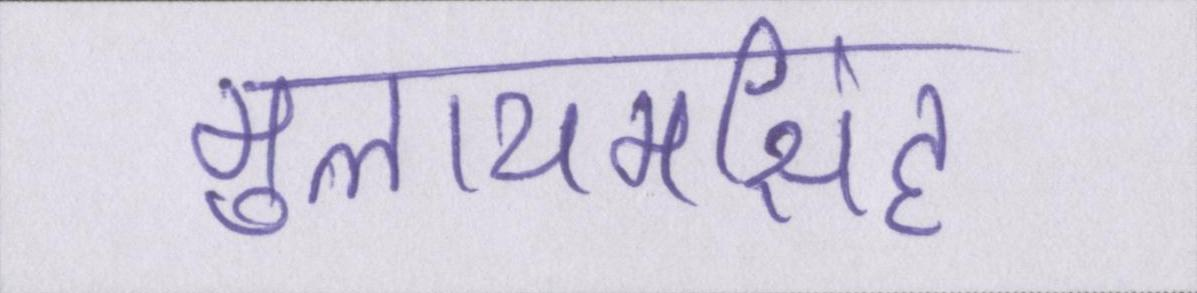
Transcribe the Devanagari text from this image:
मुलायमसिंह